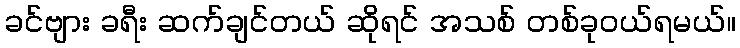
ခင်ဗျား ခရီး ဆက်ချင်တယ် ဆိုရင် အသစ် တစ်ခုဝယ်ရမယ်။